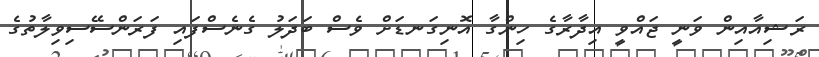
ރަޝިއާއިން ވަނީ ޖައްވީ އިދާރާގެ ހިންގާ އޮނިގަނޑަށް ވެސް ބަދަލު ގެނެސްފައި ފަރަންސޭސިވިލާތުގެ